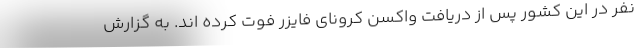
نفر در این کشور پس از دریافت واکسن کرونای فایزر فوت کرده اند. به گزارش